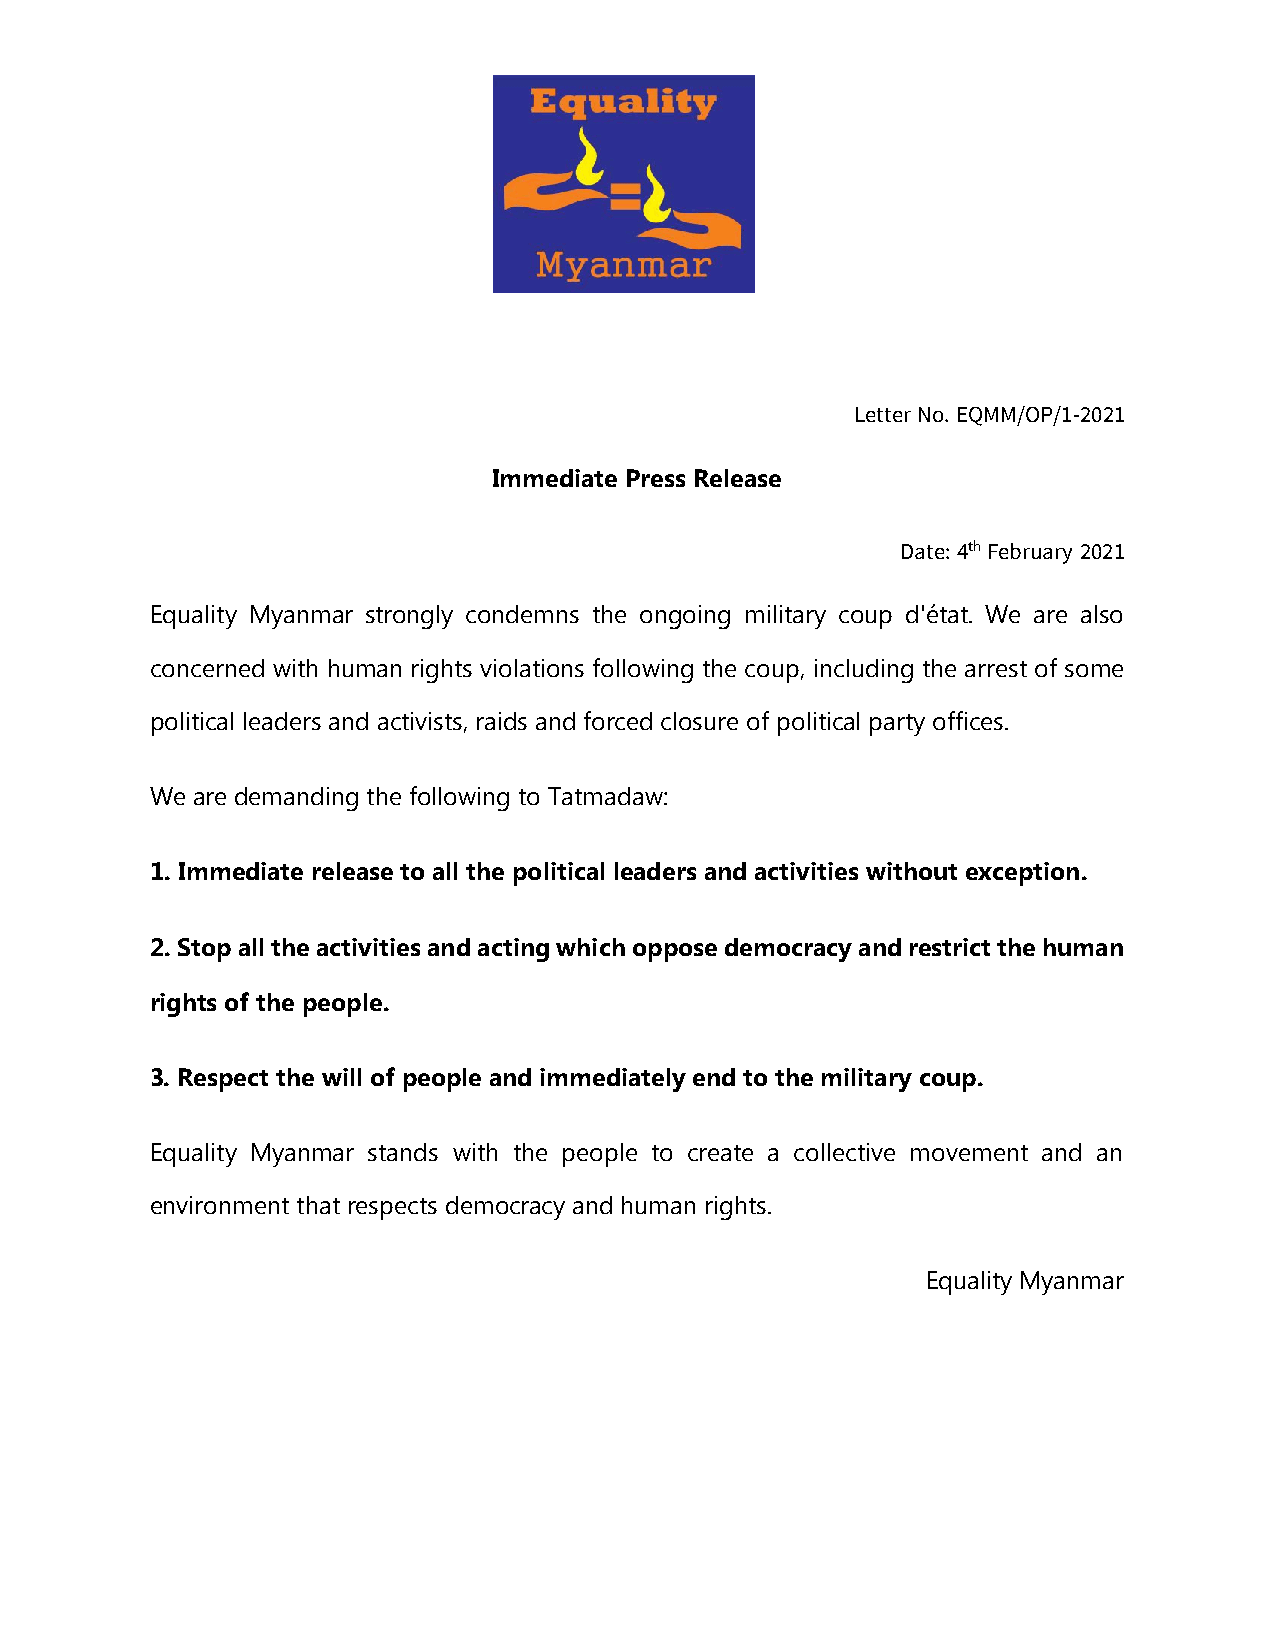
Letter No. EQMM/OP/1-2021
 Immediate Press Release
 Date: 4th February 2021
 Equality Myanmar strongly condemns the ongoing military coup d'état. We are also
 concerned with human rights violations following the coup, including the arrest of some
 political leaders and activists, raids and forced closure of political party offices.
 We are demanding the following to Tatmadaw:
 1. Immediate release to all the political leaders and activities without exception.
 2. Stop all the activities and acting which oppose democracy and restrict the human
 rights of the people.
 3. Respect the will of people and immediately end to the military coup.
 Equality Myanmar stands with the people to create a collective movement and an
 environment that respects democracy and human rights.
 Equality Myanmar